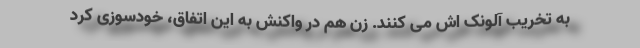
به تخریب آلونک اش می کنند. زن هم در واکنش به این اتفاق، خودسوزی کرد